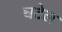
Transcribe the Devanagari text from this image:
घटेल